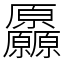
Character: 厵